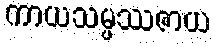
ကာယသမ္ဖဿဇာယ